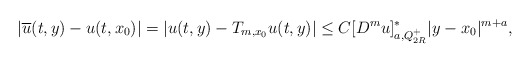
\begin{align*}|\overline{u}(t,y)-u(t,x_0)|=|u(t,y)-T_{m,x_0}u(t,y)|\le C [D^m u]^\ast_{a, Q_{2R}^+}|y-x_0|^{m+a},\end{align*}